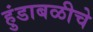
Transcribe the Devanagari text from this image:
हुंडाबळीचे